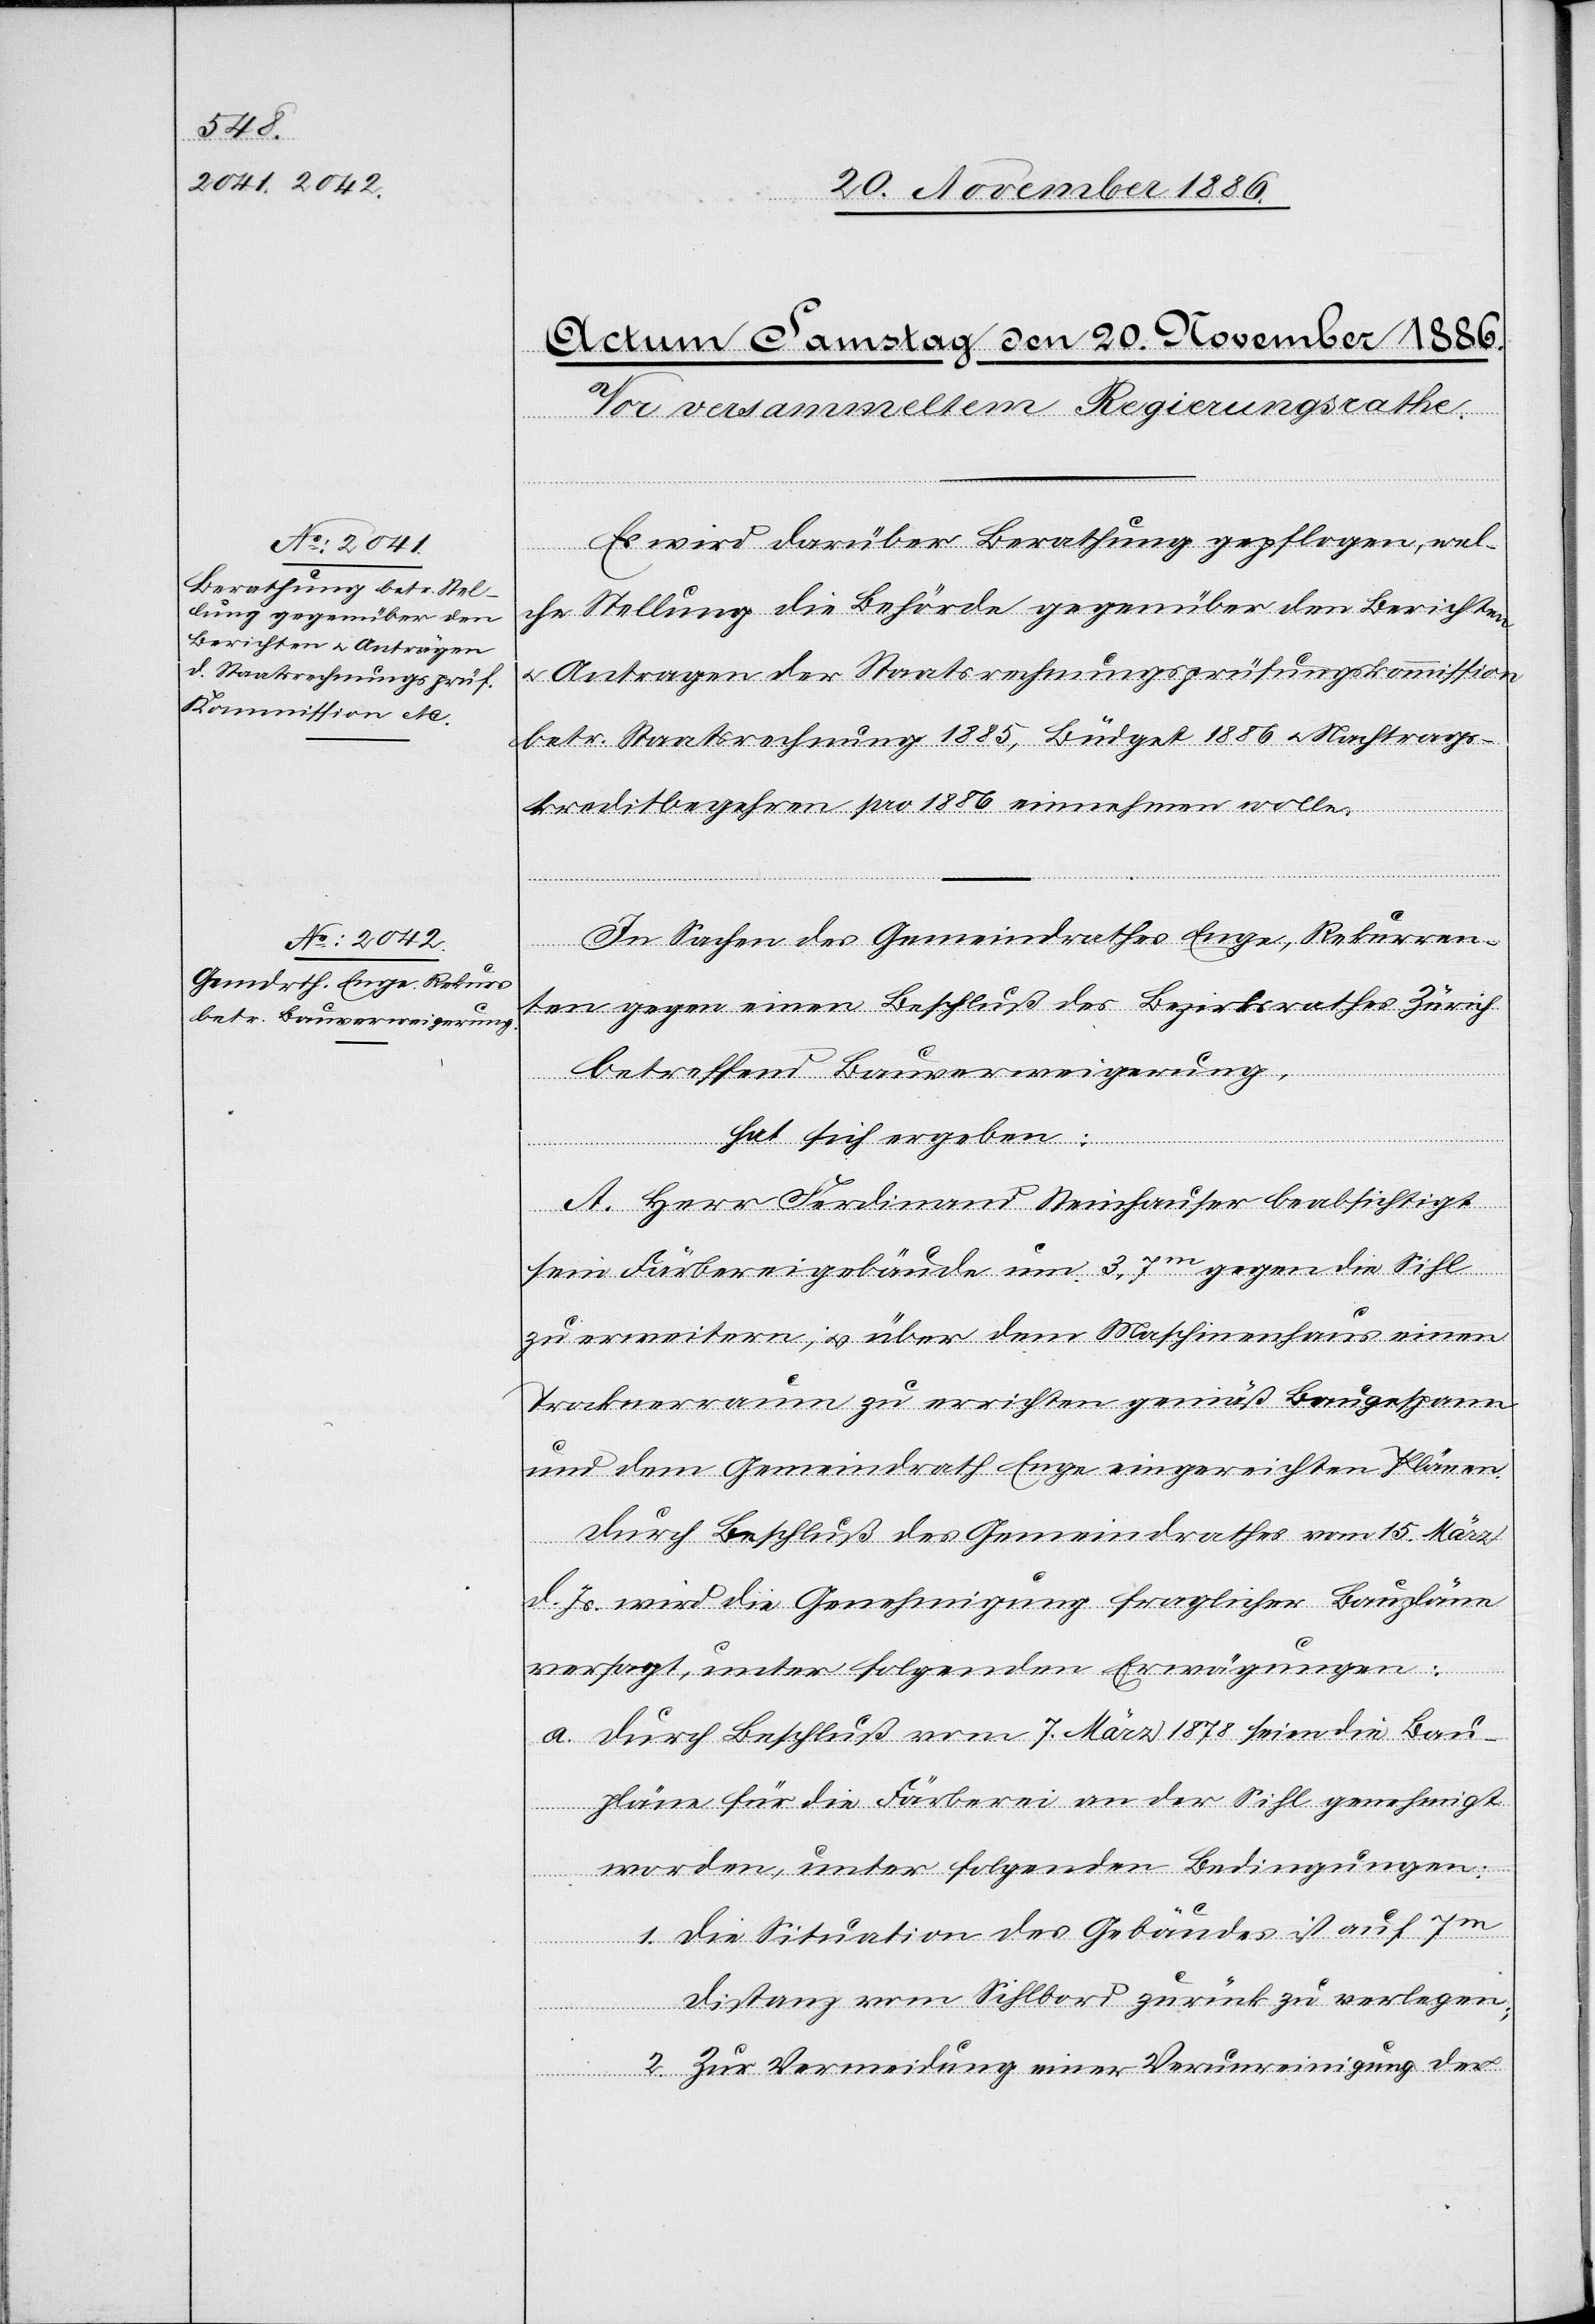
der Staatsrechnungsprüf¬
kommission

Es wird darüber Berathung gepflogen, wel¬
che Stellung die Behörde gegenüber den Berichten
betr. Staatsrechnung 1885, Büdget 1886 & Nachtrags¬
kreditbegehren pro 1886 einnehmen wolle.
In Sachen des Gemeindrathes Enge, Rekurren¬
ten gegen einen Beschluß des Bezirksrathes Zürich
betreffend Bauverweigerung,
hat sich ergeben:
A. Herr Ferdinand Steinhauser beabsichtigt
ungs¬
sein Färbereigebäude um 3,7m gegen die Sihl
zu erweitern, & über dem Maschinenhaus einen
Trocknerraum zu errichten gemäß Baugespann
und dem Gemeindrath Enge eingereichten Plänen.
Durch Beschluß des Gemeindrathes vom 15. März
d. Js. wird die Genehmigung fraglicher Baupläne
versagt, unter folgenden Erwägungen:
a. Durch Beschluß vom 7. März 1878 seien die Bau¬
pläne für die Färberei an der Sihl genehmigt
worden, unter folgenden Bedingungen:
1. Die Situation des Gebäudes ist auf 7m
Distanz vom Sihlbord zurück zu verlegen;
2. Zur Vermeidung einer Verunreinigung der